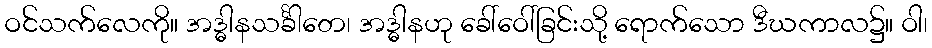
ဝင်သက်လေကို။ အဒ္ဓါနသင်္ခါတေ၊ အဒ္ဓါနဟု ခေါ်ဝေါ်ခြင်းသို့ ရောက်သော ဒီဃကာလ၌။ ဝါ၊